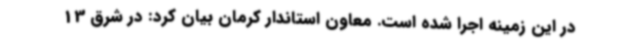
در این زمینه اجرا شده است. معاون استاندار کرمان بیان کرد: در شرق 13